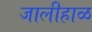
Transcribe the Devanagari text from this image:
जालीहाळ